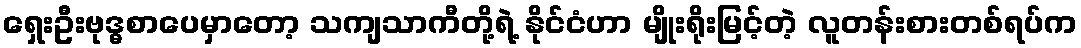
ရှေးဦးဗုဒ္ဓစာပေမှာတော့ သကျသာကီတို့ရဲ့ နိုင်ငံဟာ မျိုးရိုးမြင့်တဲ့ လူတန်းစားတစ်ရပ်က